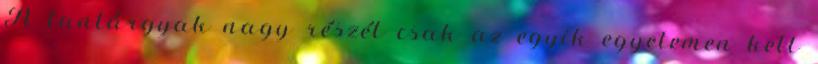
A tantárgyak nagy részét csak az egyik egyetemen kell